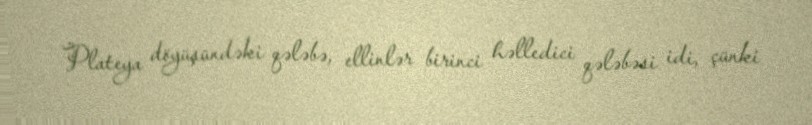
Plateya döyüşündəki qələbə, ellinlər birinci həlledici qələbəsi idi, çünki